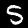
Label: 5